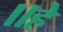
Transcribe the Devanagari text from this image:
॥हे